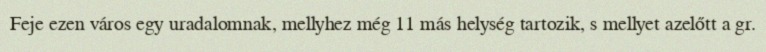
Feje ezen város egy uradalomnak, mellyhez még 11 más helység tartozik, s mellyet azelőtt a gr.